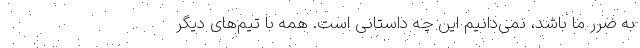
به ضرر ما باشد، نمی‌دانیم این چه داستانی است. همه با تیم‌های دیگر